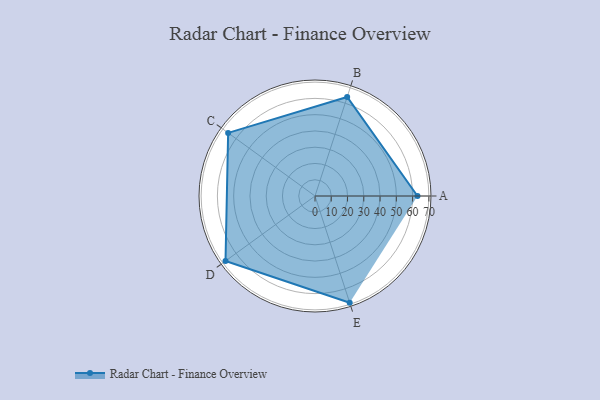
{"axis": {"x": "Skill", "y": "Score"}, "legend": ["Profile"], "data": [{"x": "A", "y": 63.0, "type": "Profile"}, {"x": "B", "y": 64.0, "type": "Profile"}, {"x": "C", "y": 66.0, "type": "Profile"}, {"x": "D", "y": 68.0, "type": "Profile"}, {"x": "E", "y": 69.0, "type": "Profile"}]}